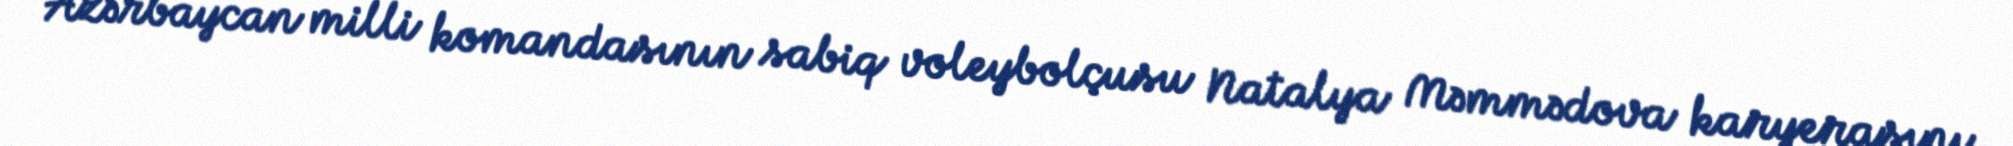
Azərbaycan milli komandasının sabiq voleybolçusu Natalya Məmmədova karyerasını